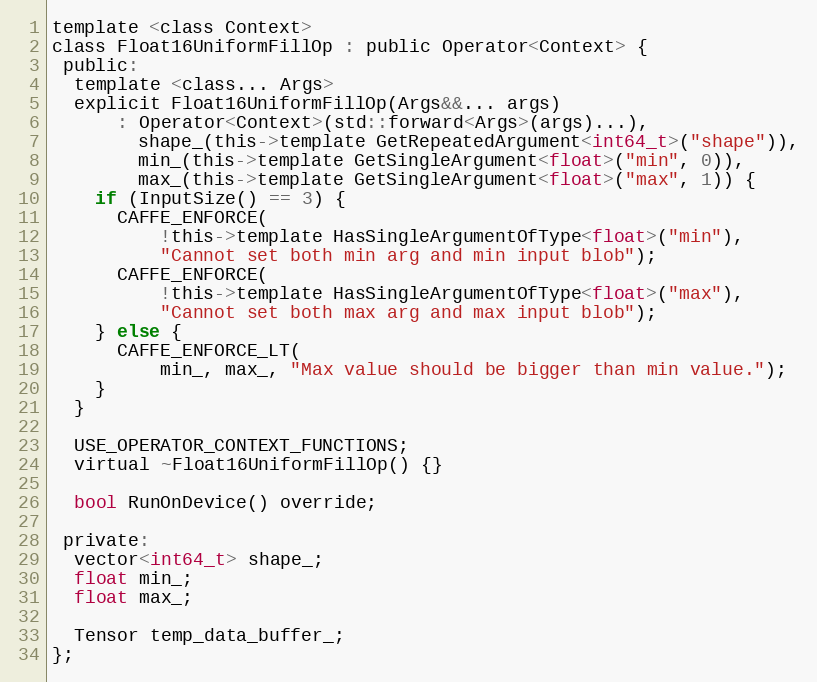
Language: C
template <class Context>
class Float16UniformFillOp : public Operator<Context> {
 public:
  template <class... Args>
  explicit Float16UniformFillOp(Args&&... args)
      : Operator<Context>(std::forward<Args>(args)...),
        shape_(this->template GetRepeatedArgument<int64_t>("shape")),
        min_(this->template GetSingleArgument<float>("min", 0)),
        max_(this->template GetSingleArgument<float>("max", 1)) {
    if (InputSize() == 3) {
      CAFFE_ENFORCE(
          !this->template HasSingleArgumentOfType<float>("min"),
          "Cannot set both min arg and min input blob");
      CAFFE_ENFORCE(
          !this->template HasSingleArgumentOfType<float>("max"),
          "Cannot set both max arg and max input blob");
    } else {
      CAFFE_ENFORCE_LT(
          min_, max_, "Max value should be bigger than min value.");
    }
  }

  USE_OPERATOR_CONTEXT_FUNCTIONS;
  virtual ~Float16UniformFillOp() {}

  bool RunOnDevice() override;

 private:
  vector<int64_t> shape_;
  float min_;
  float max_;

  Tensor temp_data_buffer_;
};